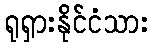
ရုရှားနိုင်ငံသား